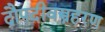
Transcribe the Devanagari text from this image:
द्रौपदीवस्त्रहरण